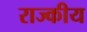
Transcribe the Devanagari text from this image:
राज्कीय